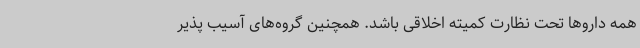
همه داروها تحت نظارت کمیته اخلاقی باشد. همچنین گروه‌های آسیب پذیر